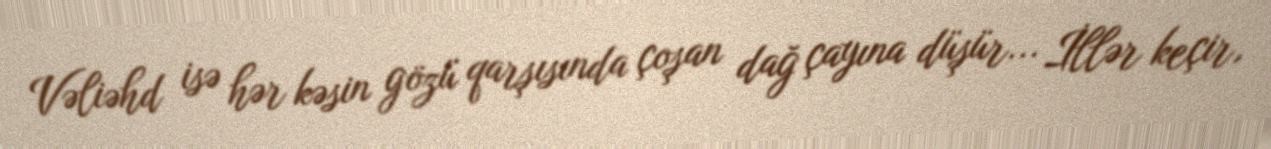
Vəliəhd isə hər kəsin gözü qarşısında çoşan dağ çayına düşür... İllər keçir,